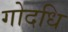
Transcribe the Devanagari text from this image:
गोदधि